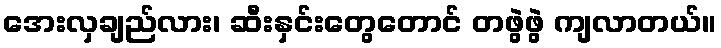
အေးလှချည်လား၊ ဆီးနှင်းတွေတောင် တဖွဲဖွဲ ကျလာတယ်။